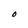
Character: O